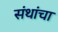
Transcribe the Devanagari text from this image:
संथांचा